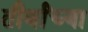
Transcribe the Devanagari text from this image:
तीर्थांच्या